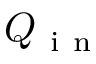
Q _ { \mathrm { ~ i ~ n ~ } }